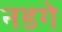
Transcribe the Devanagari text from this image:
नडगे